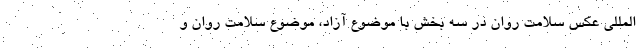
المللی عکس سلامت روان در سه بخش با موضوع آزاد، موضوع سلامت روان و